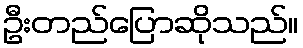
ဦးတည်ပြောဆိုသည်။